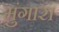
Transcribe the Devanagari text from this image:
मुंगारा